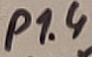
Text: P1.4